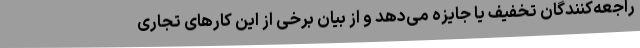
راجعه‌کنندگان تخفیف یا جایزه می‌دهد و از بیان برخی از این کارهای تجاری